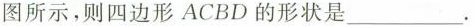
图所示，则四边形ACBD的形状是_____